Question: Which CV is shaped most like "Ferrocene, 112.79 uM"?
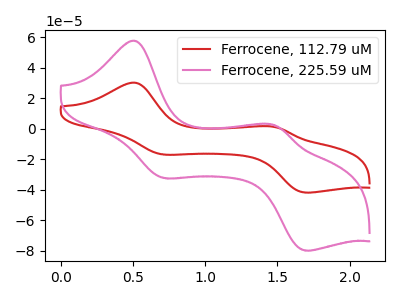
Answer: <think>The red curve "Ferrocene, 112.79 uM" has anodic peaks at (0.50V, 30.20uA) (1.50V, 1.20uA) and cathodic peaks at (0.70V, -16.90uA) (1.70V, -41.85uA). The pink curve "Ferrocene, 225.59 uM" has anodic peaks at (0.50V, 57.60uA) (1.50V, 2.30uA) and cathodic peaks at (0.70V, -32.30uA) (1.70V, -79.90uA).
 All the peaks in "Ferrocene, 112.79 uM" have a peak in "Ferrocene, 225.59 uM" at the same potential. Every peak in "Ferrocene, 112.79 uM" is lower than every peak in "Ferrocene, 225.59 uM".</think>
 <answer>The CV with the most similar shape to "Ferrocene, 225.59 uM" is "Ferrocene, 112.79 uM".</answer>
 <eval>"Ferrocene, 112.79 uM"</eval>